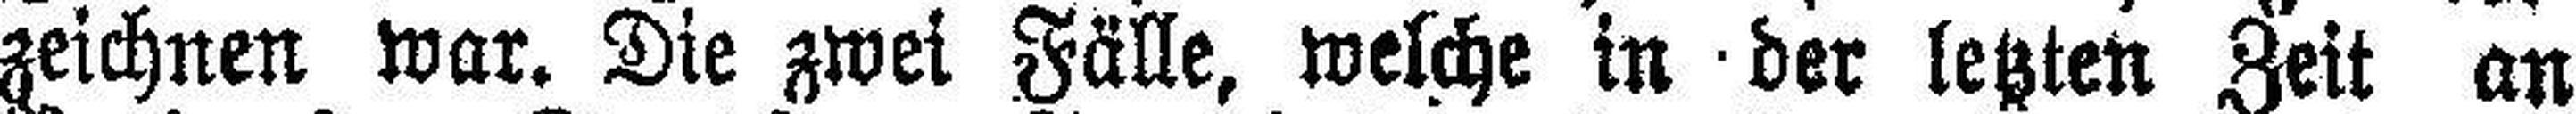
zeichnen war. Die zwei Fälle, welche in der letzten Zeit an